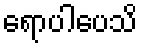
ရောပါပေသိ